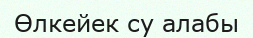
Өлкейек су алабы